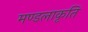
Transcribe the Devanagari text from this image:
मण्डलाकृति